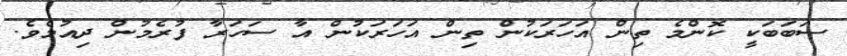
ސަބަބަކީ ކޮންމެ ތިން އަހަރަކުން ތިން އަހަރަކުން އާ ސަހަރާ ފުރެމުން ދިއުމެވެ.